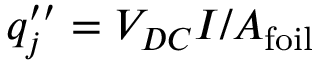
q _ { j } ^ { \prime \prime } = V _ { D C } I / A _ { \mathrm { f o i l } }